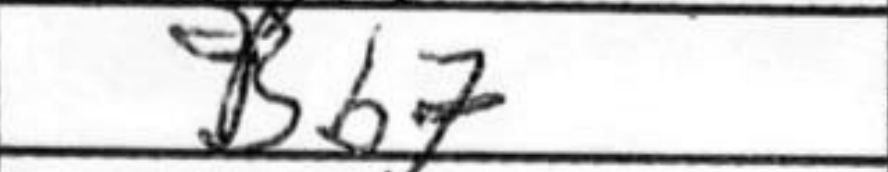
Transcription: Bb7